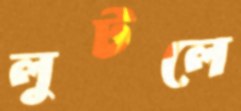
লুটলে